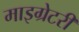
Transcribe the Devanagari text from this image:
माइग्रेटरी